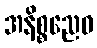
အနိစ္စညေဝ